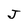
Character: J